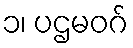
၁၊ ပဌမဝဂ်